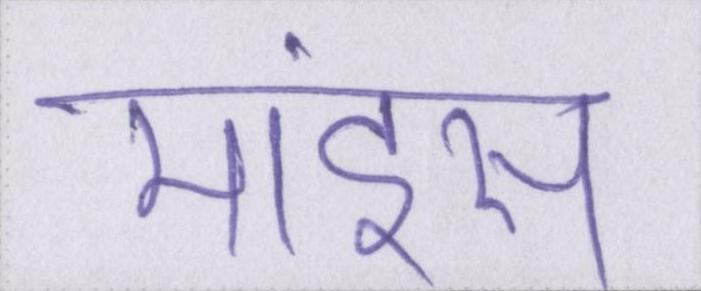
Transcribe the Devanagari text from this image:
माइंस